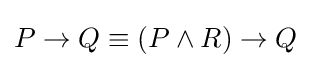
P\rightarrow Q\equiv (P\land R)\rightarrow Q